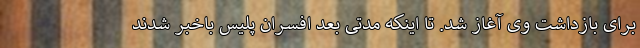
برای بازداشت وی آغاز شد. تا اینکه مدتی بعد افسران پلیس باخبر شدند